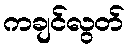
ကချင်လွတ်